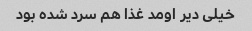
خیلی دیر اومد غذا هم سرد شده بود